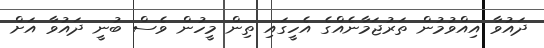
ދައުވާ އިއްވުމުން ތަރުޖަމާނެއްގެ އެހީގައި ތިން މީހުން ވެސް ބުނީ ދައުވާ އަށް